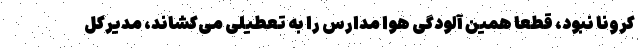
کرونا نبود، قطعا همین آلودگی هوا مدارس را به تعطیلی می‌کشاند، مدیرکل